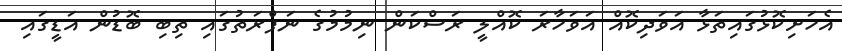
އެހަށިކޮޅުގައިތަޅާ އަވަދިކޮއް އަވަހާރަ ކޮއްލީ ރަސްކަން ނިމުމުގެ ނަފްރަތުގައި ތިބި ބޮޑުން އަޑީގައި